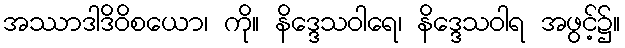
အဿာဒါဒိဝိစယော၊ ကို။ နိဒ္ဒေသဝါရေ၊ နိဒ္ဒေသဝါရ အဖွင့်၌။